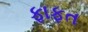
ફાફત